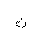
Letter: _tha